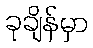
ခုချိန်မှာ